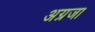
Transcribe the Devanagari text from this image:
अग्रजा